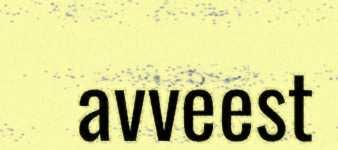
avveest